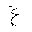
Letter: _gayn